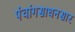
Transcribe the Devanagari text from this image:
पंचांगसाधनसार